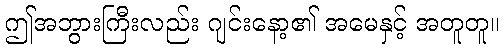
ဤအဘွားကြီးလည်း ဂျင်းနော့၏ အမေနှင့် အတူတူ။